Civil Veterinary Dept. Assam report 1927-50 - 1927-1950
Year: 1927
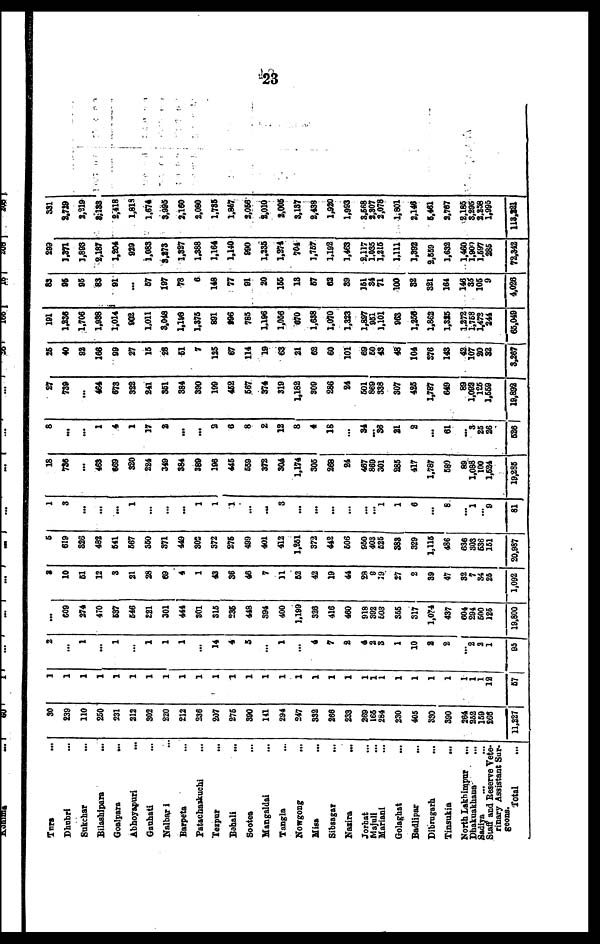
23
Turs
...
Dhubri ...
Sukchar ...
Bilashipars ...
Goalpara
...
Abhoyapuri ...
Gauhati ...
Nalbar i ...
Barpets ...
Patschaakuchi ...
Trapur ...
Bahali ...
Sootes ...
Mangaldai ...
Tangla ...
Nowgong ...
Misa ...
Sibsagar ...
Nasira
...
Jorhat
...
Mainil ...
Mariani ...
Golaghat ...
Badlipar ...
Dibrugarh ...
Tinsukia ...
North Lakhimpur
...
Dhakuskhana ...
Sadiya ... ...
Staff and Reserve Vete-
rinary Assistant Sur-
geons. Total ...
30
239
110
260
231
212
302
220
212
236
207
276
390
141
294
247
332
366
233
269
166
284
230
405
330
390
264
352
169
266
11,227
1
1
1
1
1
1
1
1
1
1
1
1
1
1
1
1
1
1
1
1
1
1
1
1
1
1
1
1
1 18
57
2
...
1
...
1
...
1
1
1
...
14
4
5
...
1
...
4
7
2
4
2
3
1
10
2
2
...
2
2
1
95
...
609
274
470
637
646
281
301
444
301
316
236
448
394
400
1,199
326
416
460
918
392
603
355
317
1,074
437
604
294
600
125
19,800
2
10
61
12
8
21
28
69
4
1
43
36
46
7
11
62
42
19
44
28
9
19
27
2
39
47
32
7
34
26
1,092
6
619
826
482
641
667
360
371
449
302
372
276
499
401
412
1,261
373
442
606
660
403
626
388
329
1,116
486
636
303
636
161
20,987
1
3
...
...
...
1
...
...
...
1
1
1
...
...
3
...
...
...
...
...
... 1
1
6
...
8
...
1
... 9
81
18
786
...
463
669
320
224
349
884
389
196
446
669
372
304
1,174
306
268
24
467
869
301
286
417
1,787
680
89
1,088
100
1,524
19,285
8
...
...
1
4
1
17
2
...
...
2
6
8
2
12
8
4
16
...
34
... 86
21
2
...
61
...
3
26
26
526
27
739
...
464
673
322
241
351
384
390
199
462
667
374
319
1,182
309
286
24
601
869
338
307
435
1,787
649
89
1,092
125
1,559
19,892
26
40
92
168
99
27
16
28
61
7
125
67
114
19
63
21
62
60
101
69
60
43
48
104
876
143
42
107
20
82
3,267
191
1,236
1,706
1,988
1,014
902
1,011
3,048
1,198
1,376
891
896
785
1,196
1,066
670
1,638
1,070
1,323
1,897
961
1,101
963
1,256
1,862
1,315
1,272
1,768
1,472
244
66,049
83
95
96
83
91
...
67
197
78
6
148
77
91
20
166
13
67
63
89
161
34
71
100
82
321
164
146
33
106
9
4,026
299
1,371
1,893
2,187
1,204
929
1,083
3,273
1,327
1488
1,164
1,140
990
1,235
1,274
704
1,767
1,192
1,463
2,117
1,035
1416
1,111
1492
2,659
1,632
1,460
1,909
1,597
886
72,342
331
2,729
2,219
3,133
2,418
1,818
1,674
3,995
2,160
2,080
1,735
1,867
2,066
2,010
2,006
3,187
2,433
1,920
1,993
3,568
2,307
2,078
1,801
2,146
6,461
2,767
2,185
3,295
2438
1,996
113,281